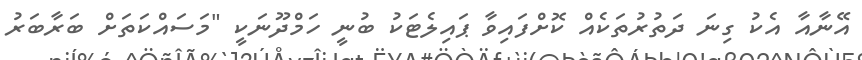
އޭނާއާ އެކު ގިނަ ދަތުރުތަކެއް ކޮށްފައިވާ ޕައިލެޓަކު ބުނީ ހަމްދޫނަކީ "މަސައްކަތަށް ބަރާބަރު